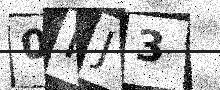
Text: 0FJ3